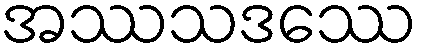
အဿသဒဿေ